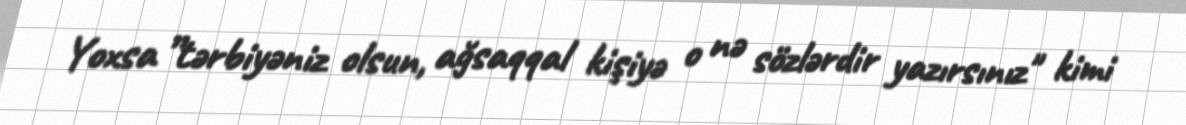
Yoxsa ”tərbiyəniz olsun, ağsaqqal kişiyə o nə sözlərdir yazırsınız" kimi